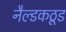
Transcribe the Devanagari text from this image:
नैल्डकठूड